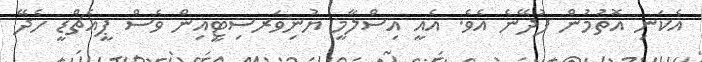
އެކަނި އޮތުމުން ފުދޭނެ އެވެ. އެއީ އިސްލާމީ ޔުނިވަރސިޓީއިން ވެސް ޕީއެޗްޑީ ހެދޭ